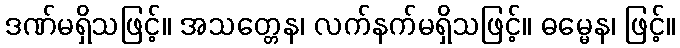
ဒဏ်မရှိသဖြင့်။ အသတ္တေန၊ လက်နက်မရှိသဖြင့်။ ဓမ္မေန၊ ဖြင့်။